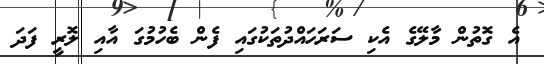
އެ ގޮތުން މާލޭގެ އެކި ސަރަހައްދުތަކުގައި ފެން ބެހުމުގަ އާއި ލޮރީ ފަދަ